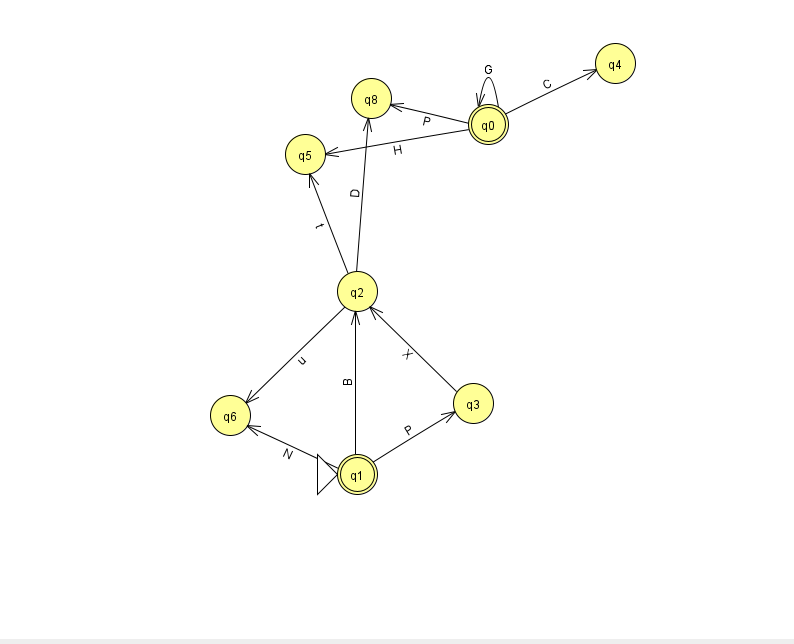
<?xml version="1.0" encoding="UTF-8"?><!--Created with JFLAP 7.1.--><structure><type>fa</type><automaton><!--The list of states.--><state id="0" name="q0"><x>488.0</x><y>111.0</y><final/></state><state id="1" name="q1"><x>357.0</x><y>461.0</y><initial/><final/></state><state id="2" name="q2"><x>357.0</x><y>278.0</y></state><state id="3" name="q3"><x>473.0</x><y>390.0</y></state><state id="4" name="q4"><x>615.0</x><y>50.0</y></state><state id="5" name="q5"><x>305.0</x><y>141.0</y></state><state id="6" name="q6"><x>230.0</x><y>402.0</y></state><state id="8" name="q8"><x>371.0</x><y>85.0</y></state><!--The list of transitions.--><transition><from>2</from><to>6</to><read>u</read></transition><transition><from>2</from><to>5</to><read>t</read></transition><transition><from>0</from><to>0</to><read>G</read></transition><transition><from>1</from><to>6</to><read>N</read></transition><transition><from>0</from><to>4</to><read>C</read></transition><transition><from>1</from><to>3</to><read>P</read></transition><transition><from>0</from><to>5</to><read>H</read></transition><transition><from>2</from><to>8</to><read>D</read></transition><transition><from>3</from><to>2</to><read>X</read></transition><transition><from>0</from><to>8</to><read>P</read></transition><transition><from>1</from><to>2</to><read>B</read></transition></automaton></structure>